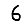
Digit: 6